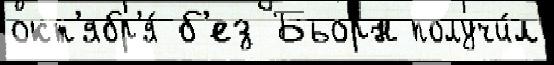
окт'ябр'я́ б'ез Бьорн получи́л